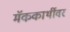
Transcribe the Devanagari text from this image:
मॅककार्थीवर